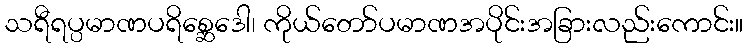
သရီရပ္ပမာဏပရိစ္ဆေဒေါ၊ ကိုယ်တော်ပမာဏအပိုင်းအခြားလည်းကောင်း။